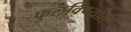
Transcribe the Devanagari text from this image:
फुलविण्यात